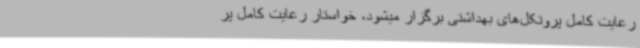
رعایت کامل پروتکل‌های بهداشتی برگزار میشود، خواستار رعایت کامل پر